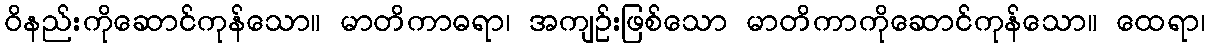
ဝိနည်းကိုဆောင်ကုန်သော။ မာတိကာဓရာ၊ အကျဉ်းဖြစ်သော မာတိကာကိုဆောင်ကုန်သော။ ထေရာ၊